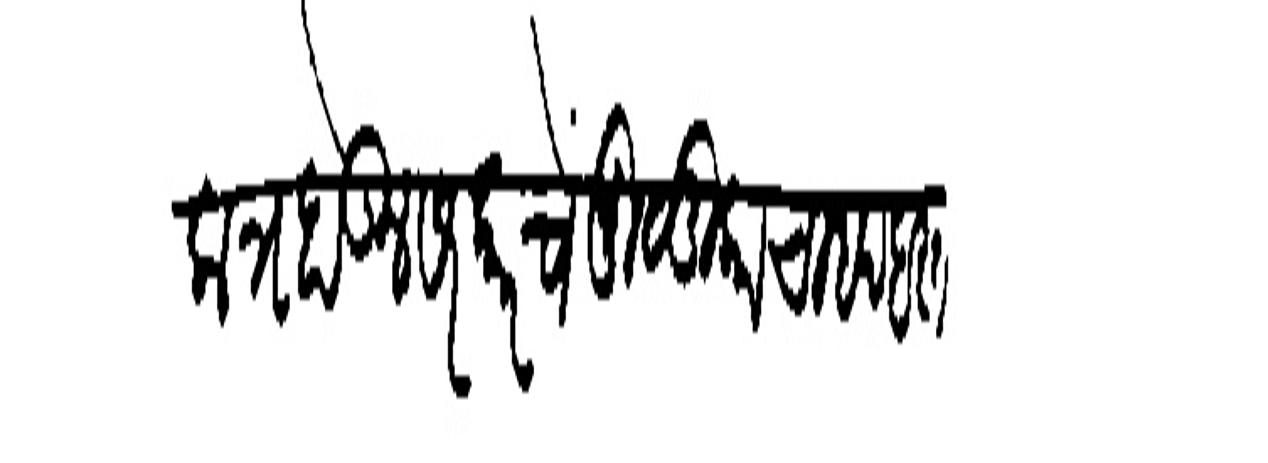
Transliteration (Devanagari): येकत्र होऊन सरकारचें मुळूकाचा बदवस्त